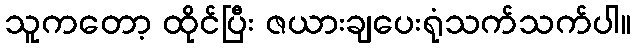
သူကတော့ ထိုင်ပြီး ဇယားချပေးရုံသက်သက်ပါ။